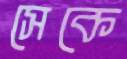
সেকে